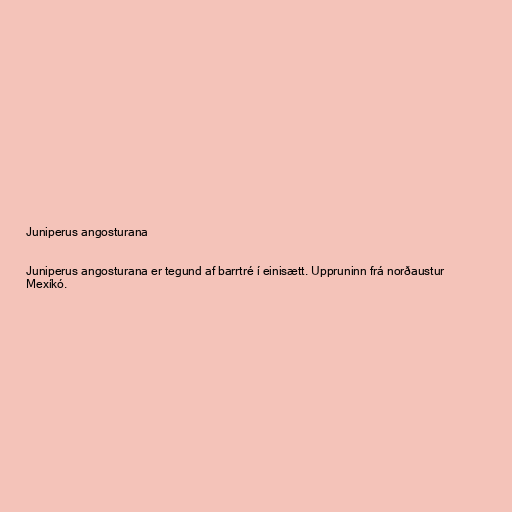
Juniperus angosturana

Juniperus angosturana er tegund af barrtré í einisætt. Uppruninn frá norðaustur
Mexíkó.